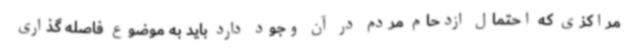
مراکزی که احتمال ازدحام مردم در آن وجود دارد باید به موضوع فاصله گذاری